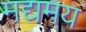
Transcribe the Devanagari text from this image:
मद्यमय